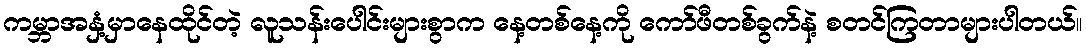
ကမ္ဘာအနှံ့မှာနေထိုင်တဲ့ လူသန်းပေါင်းများစွာက နေ့တစ်နေ့ကို ကော်ဖီတစ်ခွက်နဲ့ စတင်ကြတာများပါတယ်။